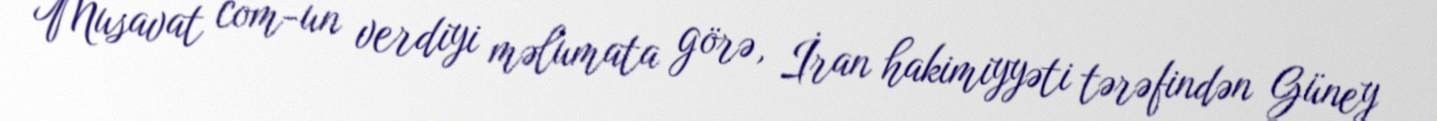
Musavat com-un verdiyi məlumata görə, İran hakimiyyəti tərəfindən Güney